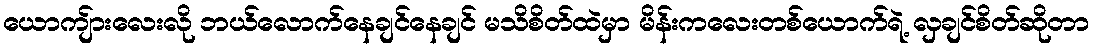
ယောကျ်ားလေးလို ဘယ်လောက်နေချင်နေချင် မသိစိတ်ထဲမှာ မိန်းကလေးတစ်ယောက်ရဲ့ လှချင်စိတ်ဆိုတာ